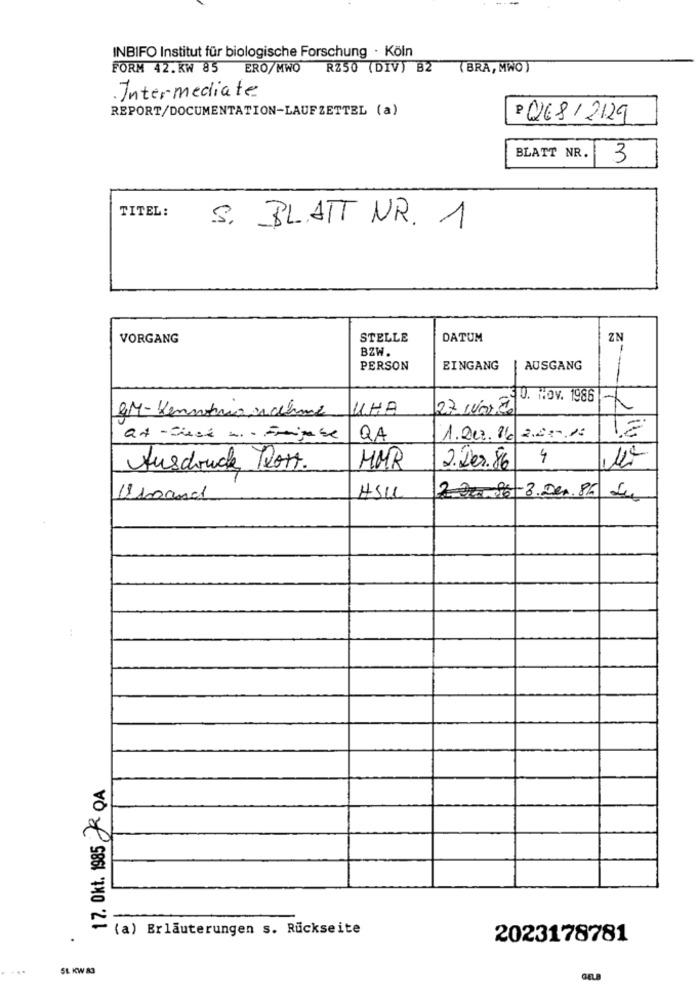
INBIFO Institut für biologische Forschung · Köln
FORM 42.KW 85 ERO/MWO RZ50 (DIV) B2
(BRA, MWO)
Intermediate
REPORT/DOCUMENTATION-LAUFZETTEL (a)
P Q68/2129
BLATT NR.
3
TITEL:
S. BLATT NR. 1
VORGANG
STELLE
DATUM
ZN
BZW
-
PERSON
EINGANG
AUSGANG
30. HOv. 1986
GM-Kenntnis Nahme
UHA
27 Luan.20
QA
1.200.26 22516
HUR
4
Ausdouche Tors.
2. Der.86
HSU
2 De0-96-8.Den.86 Lu
:
17. Okt. 1985 R QA
(a) Erläuterungen s. Rückseite
2023178781
5L KW 83
GELR